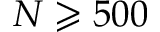
N \geqslant 5 0 0